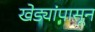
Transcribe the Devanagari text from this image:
खेड्यांपासून